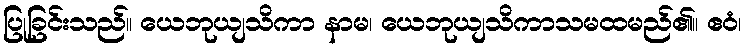
ပြုခြင်းသည်။ ယေဘုယျသိကာ နာမ၊ ယေဘုယျသိကာသမထမည်၏။ ဧဝံ၊